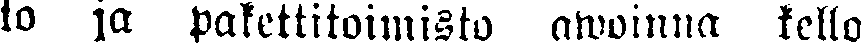
to ja pakettitoimisto awoinna kello